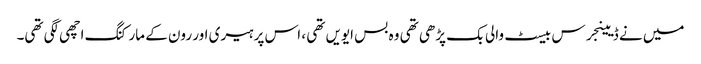
میں نے ڈیینجرس بیسٹ والی بک پڑھی تھی وہ بس ایویں تھی ، اس پر ہیری اور رون کے مارکنگ اچھی لگی تھی۔